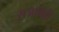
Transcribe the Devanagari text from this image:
राजानेही